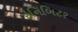
ઇનિબિટર